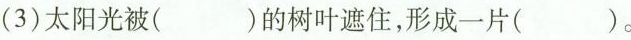
(3) 太阳光被( )的树叶遮住，形成一片( )。